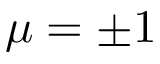
\mu = \pm 1